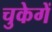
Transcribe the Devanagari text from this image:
चुकेगें